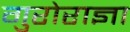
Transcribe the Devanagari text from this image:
गुरोराज्ञा